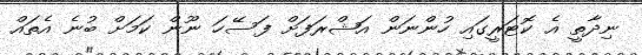
ނިދާތީ އެ ކޮޓަރީގައި ހުންނަން އަޝްރަފަށް ފަސޭހަ ނޫން ކަމަށް ބުނެ އެތައް